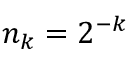
n _ { k } = 2 ^ { - k }